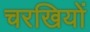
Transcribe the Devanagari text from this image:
चरखियों